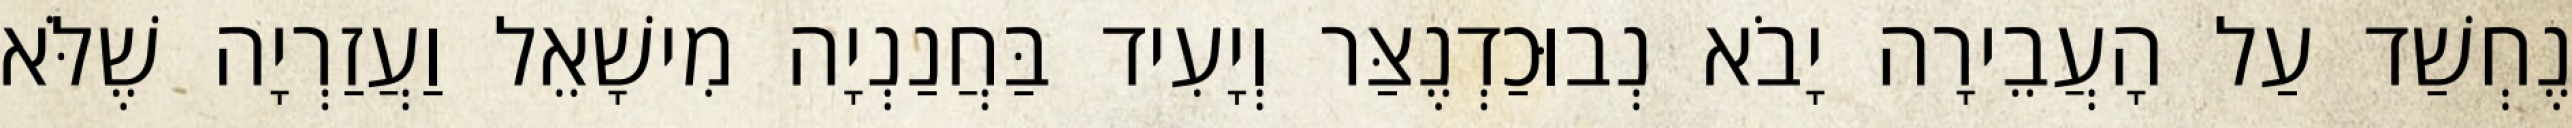
נֶחְשַׁד עַל הָעֲבֵירָה יָבֹא נְבוּכַדְנֶצַּר וְיָעִיד בַּחֲנַנְיָה מִישָׁאֵל וַעֲזַרְיָה שֶׁלֹּא